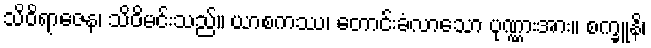
သိဝိရာဇေန၊ သိဝိမင်းသည်။ ယာစကဿ၊ တောင်းခံလာသော ပုဏ္ဏားအား။ စက္ခူနိ၊